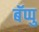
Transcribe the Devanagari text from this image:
बॅप्पु